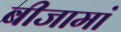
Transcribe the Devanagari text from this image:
बीजामां